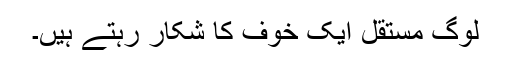
لوگ مستقل ایک خوف کا شکار رہتے ہیں۔